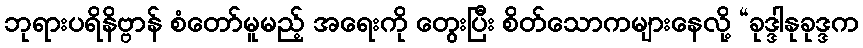
ဘုရားပရိနိဗ္ဗာန် စံတော်မူမည့် အရေးကို တွေးပြီး စိတ်သောကများနေလို့ “ခုဒ္ဒါနုခုဒ္ဒက